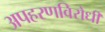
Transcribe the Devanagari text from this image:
अपहरणविरोधी